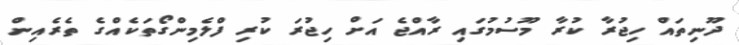
ދޫނިތައް ހިޖުރާ ކުރާ މޫސުމުގައި ރާއްޖެ އަށް ހިޖުރަ ކުރި ފްލެމިންގޯތަކެއްގެ ތެރެއިން